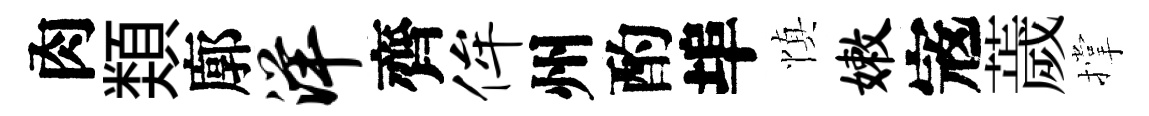
肉𩔖廓洋齊侔州酌埠慎嫩𡨥薉撑